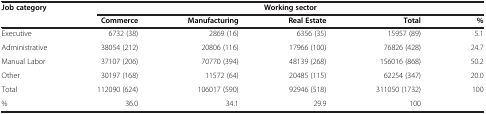
<table><thead><tr><td><b>Job category</b></td><td colspan="5"><b>Working sector</b></td></tr><tr><td><b> </b></td><td><b>Commerce</b></td><td><b>Manufacturing</b></td><td><b>Real Estate</b></td><td><b>Total</b></td><td><b>%</b></td></tr></thead><tbody><tr><td>Executive</td><td>6732 (38)</td><td>2869 (16)</td><td>6356 (35)</td><td>15957 (89)</td><td>5.1</td></tr><tr><td>Administrative</td><td>38054 (212)</td><td>20806 (116)</td><td>17966 (100)</td><td>76826 (428)</td><td>24.7</td></tr><tr><td>Manual Labor</td><td>37107 (206)</td><td>70770 (394)</td><td>48139 (268)</td><td>156016 (868)</td><td>50.2</td></tr><tr><td>Other</td><td>30197 (168)</td><td>11572 (64)</td><td>20485 (115)</td><td>62254 (347)</td><td>20.0</td></tr><tr><td>Total</td><td>112090 (624)</td><td>106017 (590)</td><td>92946 (518)</td><td>311050 (1732)</td><td>100</td></tr><tr><td>%</td><td>36.0</td><td>34.1</td><td>29.9</td><td>100</td><td> </td></tr></tbody></table>